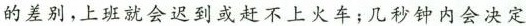
的差别，上班就会迟到或赶不上火车；几秒钟内会决定